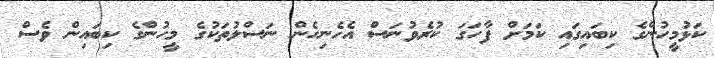
ކަޅުމީހުންގެ ކިބައިގައި ކަމަށް ފާހަގަ ކުރެވުނަސް އެހެނިހެން ނަސްލުތަކުގެ މީހުންގެ ކިބައިން ވެސް